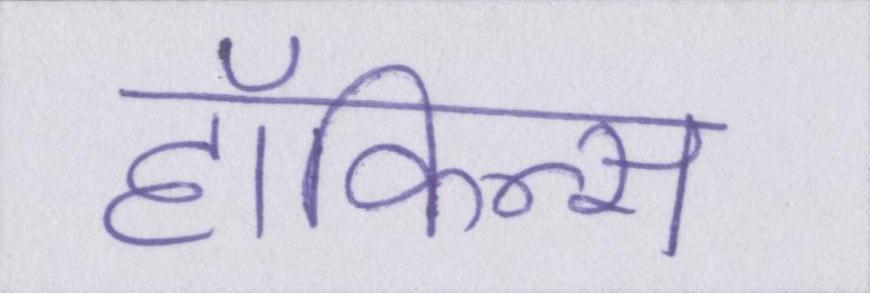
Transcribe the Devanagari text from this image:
हॉकिन्स